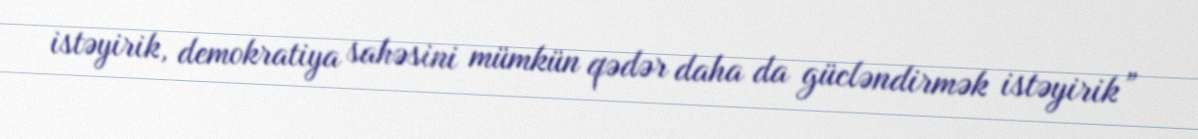
istəyirik, demokratiya sahəsini mümkün qədər daha da gücləndirmək istəyirik”